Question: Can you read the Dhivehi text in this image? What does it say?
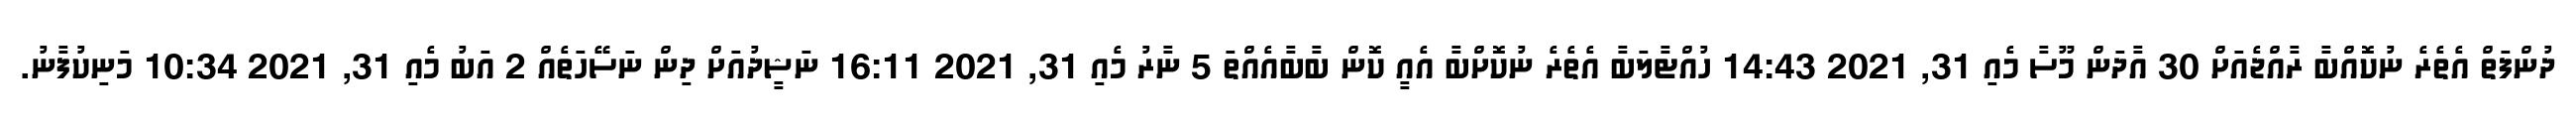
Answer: ދުންފަތް އެތެރެ ނުކޮއްބާ ރާއްޖެއަށް 30 އާދަން މޫސާ މެއި 31, 2021 14:43 ހުއްޓާލަބާ އެތެރެ ނުކޮށްބާ އެއީ ކޮން ބާބާއެއްތަ 5 ނާރު މެއި 31, 2021 16:11 ނަޝީދުއަށް ދިން ނަސޭހަތެއް 2 އަބު މެއި 31, 2021 10:34 މަނިކުފާނު.